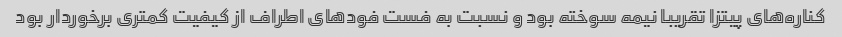
کناره‌های پیتزا تقریبا نیمه سوخته بود و نسبت به فست فودهای اطراف از کیفیت کمتری برخوردار بود